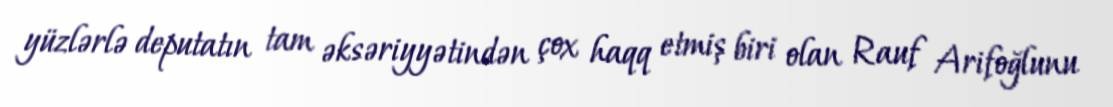
yüzlərlə deputatın tam əksəriyyətindən çox haqq etmiş biri olan Rauf Arifoğlunu